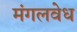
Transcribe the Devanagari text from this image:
मंगलवेध